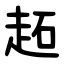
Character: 䞠